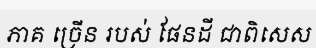
ភាគ ច្រើន របស់ ផែនដី ជាពិសេស